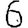
Digit: 6